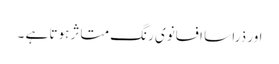
اور ذرا سا افسانوی رنگ متاثر ہوتا ہے ۔